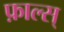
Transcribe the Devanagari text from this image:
फ़ाल्स्